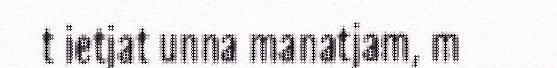
t ietjat unna manatjam, m